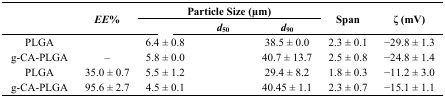
<table><thead><tr><td rowspan="2">[EMPTY_CELL]</td><td rowspan="2"><b><i>EE</i>%</b></td><td colspan="3"><b>Particle Size (μm)</b></td><td rowspan="2"><b>Span</b></td><td rowspan="2"><b>ζ (mV)</b></td></tr><tr><td>[EMPTY_CELL]</td><td><b><i>d</i><sub>50</sub></b></td><td><b><i>d</i><sub>90</sub></b></td></tr></thead><tbody><tr><td>PLGA</td><td>[EMPTY_CELL]</td><td>6.4 ± 0.8</td><td>[EMPTY_CELL]</td><td>38.5 ± 0.0</td><td>2.3 ± 0.1</td><td>−29.8 ± 1.3</td></tr><tr><td>g-CA-PLGA</td><td>–</td><td>5.8 ± 0.0</td><td>[EMPTY_CELL]</td><td>40.7 ± 13.7</td><td>2.5 ± 0.8</td><td>−24.8 ± 1.4</td></tr><tr><td>PLGA</td><td>35.0 ± 0.7</td><td>5.5 ± 1.2</td><td>[EMPTY_CELL]</td><td>29.4 ± 8.2</td><td>1.8 ± 0.3</td><td>−11.2 ± 3.0</td></tr><tr><td>g-CA-PLGA</td><td>95.6 ± 2.7</td><td>4.5 ± 0.1</td><td>[EMPTY_CELL]</td><td>40.45 ± 1.1</td><td>2.3 ± 0.7</td><td>−15.1 ± 1.1</td></tr></tbody></table>